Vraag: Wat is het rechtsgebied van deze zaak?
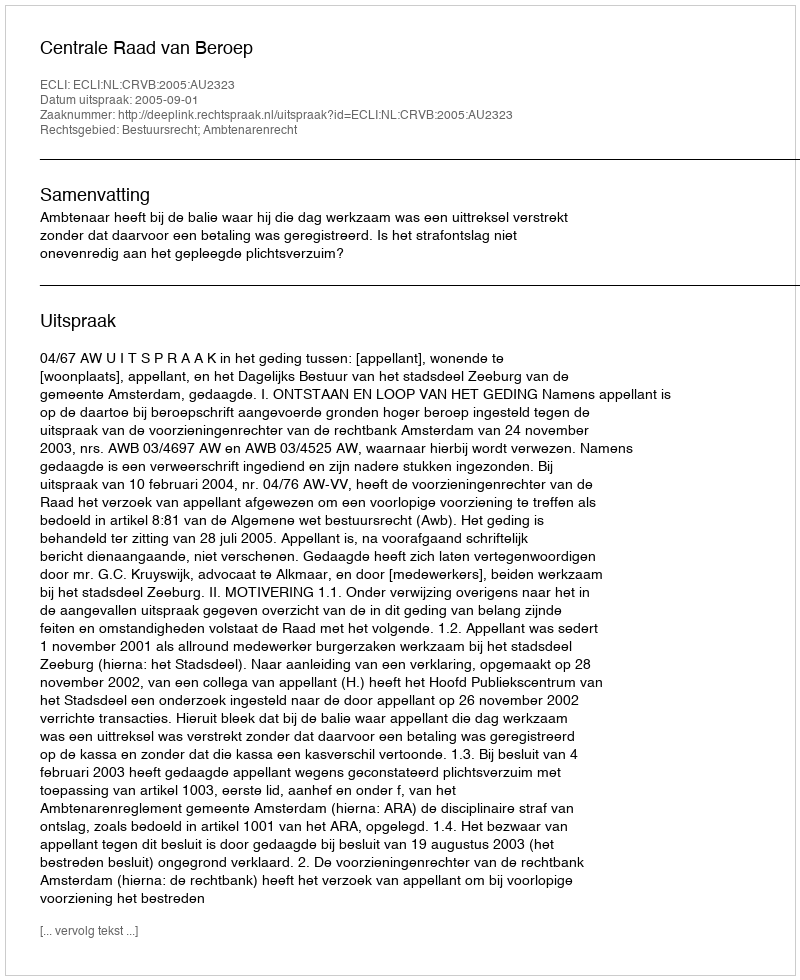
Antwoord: Bestuursrecht; Ambtenarenrecht